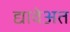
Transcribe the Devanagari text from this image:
द्यावेअत